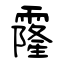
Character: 霳